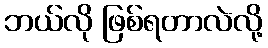
ဘယ်လို ဖြစ်ရတာလဲလို့